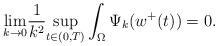
LaTeX: \begin{align*}\underset{k\rightarrow0}{\lim}\frac{1}{k^{2}}\underset{t\in(0,T)}{\sup}\int_{\Omega}\Psi_{k}(w^{+}(t))=0. \end{align*}